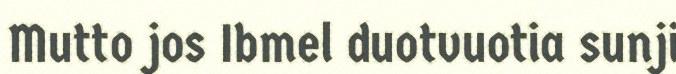
Mutto jos Ibmel duotvuotia sunji